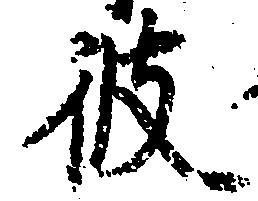
彼